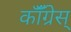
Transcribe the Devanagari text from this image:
कॉँँग्रेस्